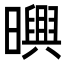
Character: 𣋱